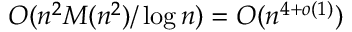
O ( n ^ { 2 } M ( n ^ { 2 } ) / \log { n } ) = O ( n ^ { 4 + o ( 1 ) } )